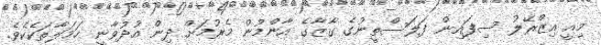
މިއީ އިޒްރޭލު ސިފައިން ފަލަސްތީނުގެ ގާޒާގެ އާންމުން މެރުމަށް ދިން އުދުވާނީ ހަމަލާތަކެކެވެ.